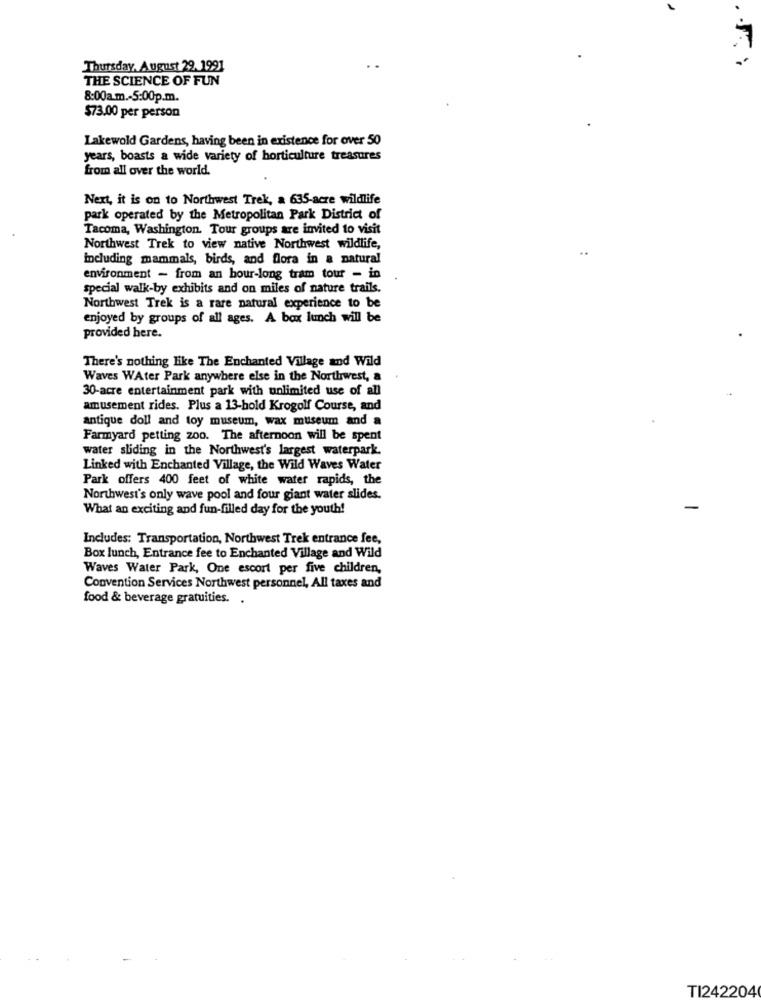
Thursday, August 29. 1991
THE SCIENCE OF FUN
8:00a.m .- 5:00p.m.
$73.00 per person
Lakewold Gardens, having been in existence for over 50
years, boasts a wide variety of horticulture treasures
from all over the world.
Next, it is on to Northwest Trek, a 635-acre wildlife
park operated by the Metropolitan Park District of
Tacoma, Washington. Tour groups are invited to visit
Northwest Trek to view native Northwest wildlife,
including mammals, birds, and flora in a natural
environment - from an hour-long tram tour - in
special walk-by exhibits and on miles of nature trails.
Northwest Trek is a rare natural experience to be
enjoyed by groups of all ages. A box lunch will be
provided here.
There's nothing like The Enchanted Village and Wild
Waves WAter Park anywhere else in the Northwest, a
30-acre entertainment park with unlimited use of all
amusement rides. Plus a 13-hold Krogolf Course, and
antique doll and toy museum, wax museum and a
Farmyard petting zoo. The afternoon will be spent
water sliding in the Northwest's largest waterpark.
Linked with Enchanted Village, the Wild Waves Water
Park offers 400 feet of white water rapids, the
Northwest's only wave pool and four giant water slides.
What an exciting and fun-filled day for the youth!
Includes: Transportation, Northwest Trek entrance fee,
Box lunch, Entrance fee to Enchanted Village and Wild
Waves Water Park, One escort per five children,
Convention Services Northwest personnel, All taxes and
food & beverage gratuities. .
TI242204